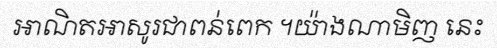
អាណិតអាសូរជាពន់ពេក ។យ៉ាងណាមិញ នេះ